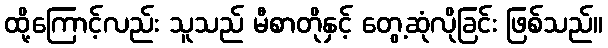
ထို့ကြောင့်လည်း သူသည် မီစာတိုနှင့် တွေ့ဆုံလိုခြင်း ဖြစ်သည်။